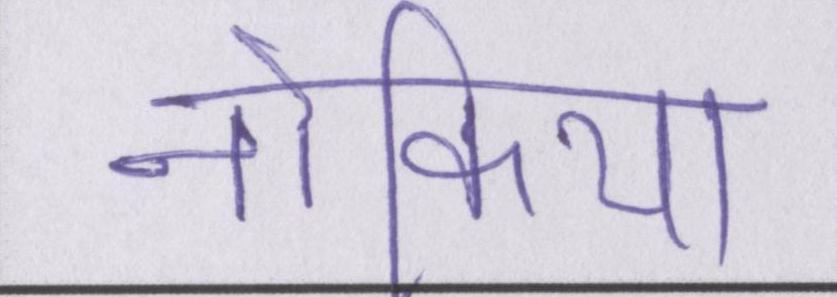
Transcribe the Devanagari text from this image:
नोकिया